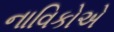
નાવિકોએ